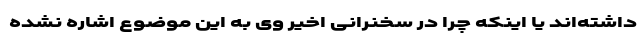
داشته‌اند ‌یا اینکه چرا در سخنرانی اخیر وی به این موضوع اشاره نشده